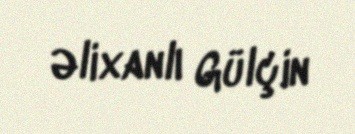
Əlixanlı Gülçin